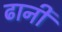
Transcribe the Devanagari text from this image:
ढानी